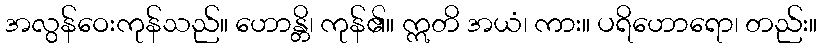
အလွန်ဝေးကုန်သည်။ ဟောန္တိ၊ ကုန်၏။ ဣတိ အယံ၊ ကား။ ပရိဟောရော၊ တည်း။